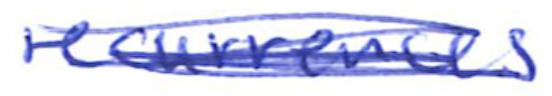
Text: recurrences
Cross-out: scratch
Writing tool: ballpoint